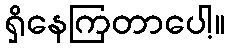
ရှိနေကြတာပေါ့။